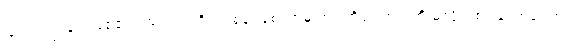
ပြုလုပ်ကြခြင်းဖြစ်၏။ အသက်ကိုပင် စွန့်ရစေကာမူ အဂတိလေးပါးကို မလိုက်စားတော့ကြောင်း၊